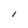
Character: l